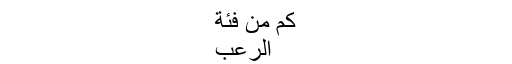
کَمْ مِنْ فِئَةٍ
الْرُّعْبَ